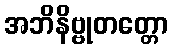
အဘိနိဗ္ဗုတတ္တော